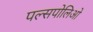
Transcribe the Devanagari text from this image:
पल्सपोलिओ